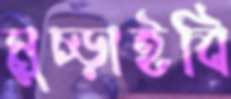
মুচ্‌ড়াইবি